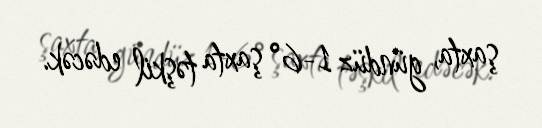
şaxta, gündüz 1-6° şaxta təşkil edəcək.